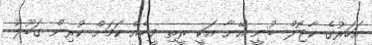
އަހަރުގެ ކާޖޮލް ބުނީ އޭނާ އަކީ ރީތި މީހެއް ކަމަށް ކުރިން ގަބޫލު